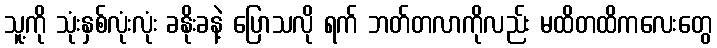
သူ့ကို သုံးနှစ်လုံးလုံး ခနိုးခနဲ့ ပြောသလို ရက် ဘတ်တလာကိုလည်း မထိတထိကလေးတွေ